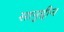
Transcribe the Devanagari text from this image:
सानुद्दीन